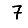
Digit: 7